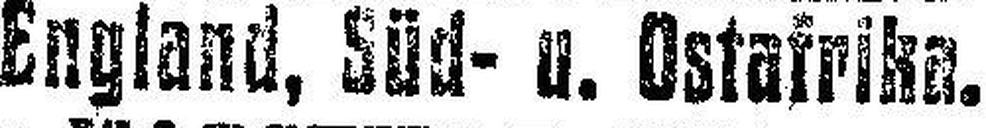
England, Süd- u. Ostaifrika.